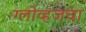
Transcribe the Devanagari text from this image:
ग्लोव्हजचा